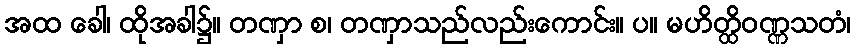
အထ ခေါ၊ ထိုအခါ၌။ တဏှာ စ၊ တဏှာသည်လည်းကောင်း။ ပ။ မဟိတ္ထိဝဏ္ဏသတံ၊